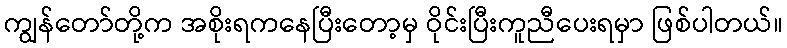
ကျွန်တော်တို့က အစိုးရကနေပြီးတော့မှ ဝိုင်းပြီးကူညီပေးရမှာ ဖြစ်ပါတယ်။